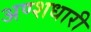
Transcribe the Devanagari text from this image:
अण्शधारी